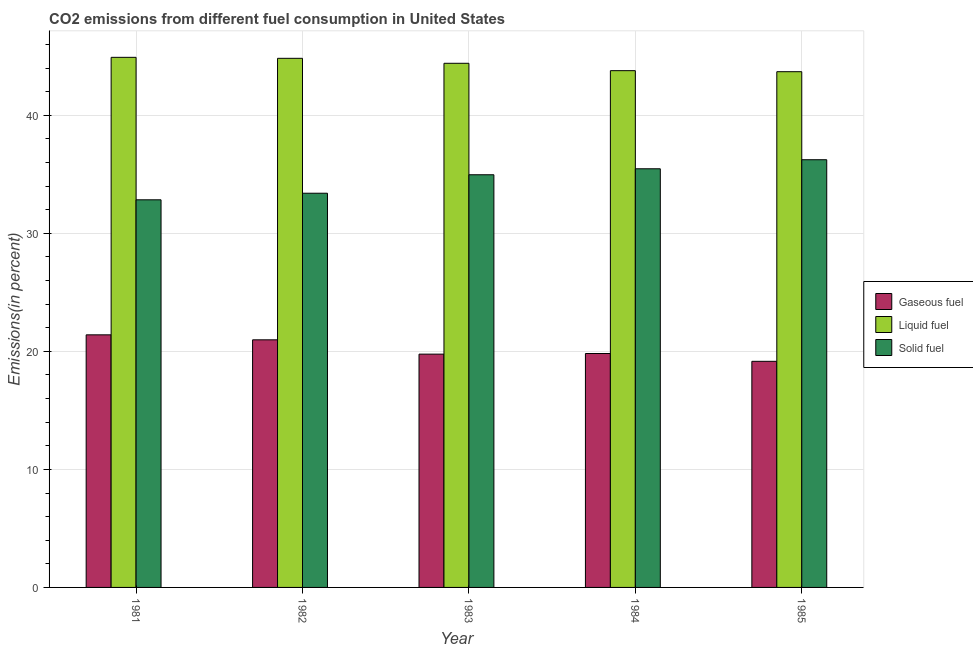
| Year | Gaseous fuel | Liquid fuel | Solid fuel |
 | --- | --- | --- | --- |
 | 1981 | 21.4 | 44.9 | 32.8 |
 | 1982 | 21 | 44.8 | 33.4 |
 | 1983 | 19.8 | 44.4 | 35 |
 | 1984 | 19.8 | 43.8 | 35.5 |
 | 1985 | 19.2 | 43.7 | 36.2 |